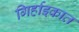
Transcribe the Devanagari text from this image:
गिर्हाइकात